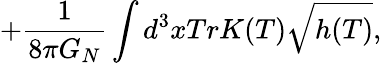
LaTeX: +\frac{1}{8\pi G_{N}}\int d^{3}xTrK(T)\sqrt{h(T)},